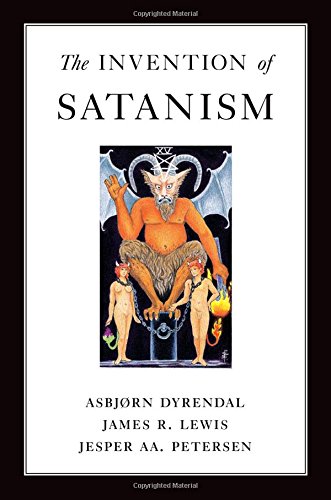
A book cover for The Invention of Satanism; Asbjorn Dyrendal; Religion & Spirituality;